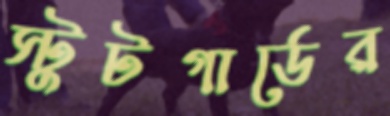
স্টুটগার্ডের